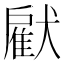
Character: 𤡵